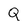
Character: Q